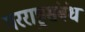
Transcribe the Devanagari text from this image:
परराष्ट्रसंबंध